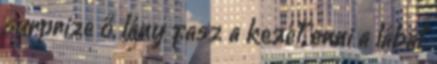
surprize ő, lány fasz a kezét, enni a lábát,